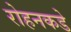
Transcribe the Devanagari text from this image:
रोहनकडे